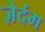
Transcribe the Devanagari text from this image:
ज़ेदंग